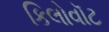
કિલોવૉટ